Annual report of the Madras Medical College
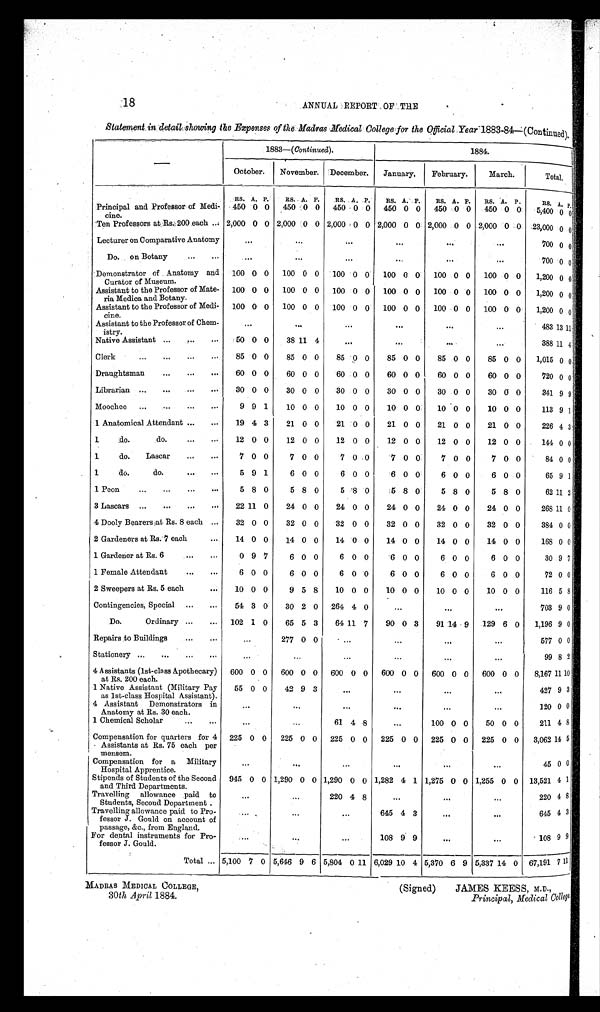
MADRAS MEDICAL COLLEGE,
(Signed)
JAMES KEESS, M.D.,
30 th April 1884.
Principal, Medical College.
18
ANNUAL REPORT OF THE
Statement in detail showing the Expenses of the Madras Medical College for the Official Year 1883–84—(Continued).
—
1883—( Continued).
1884.
October.
November. December.
January.
F e b r u a r y .
March.
Total.
RS. A. P.
RS. A. P.
RS. A. P.
RS. A. P.
RS. A. P. RS. A.
P .
R S .
A. P.
Principal and Professor of Medi-
c i n e .
450 0 0
450 0 0
450 0 0 450 0 0
450 0 0 450 0 0
5,400 0 0
Ten Professors at Rs. 200 each ... 2,000 0 0 2,000 0 0 2,000 0 0 2,000 0 0 2,000 0 0 2,000 0 0
2 3 , 0 0 0 0 0
Lecturer on Comparative Anatomy
. . .
. . .
. . .
...
. . .
. . .
7 0 0 0 0
Do. on Botany
...
...
. . .
. . .
. . .
. . .
...
...
700 0 0
Demonstrator of Anatomy and
Curator of Museum.
100 0 0
100 0 0
100 0 0
100 0 0
100 0 0
100 0 0
1,200 0 0
Assistant to the Professor of Mate-
ria Medica and Botany.
100 0 0
100 0 0
100 0 0
100 0 0
100 0 0
100 0 0
1,200 0 0
Assistant to the Professor of Media-
c h i n e .
100 0 0
100 0 0
100 0 0
100 0 0
100 0 0
100 0 0
1,200 0 0
Assistant to the Professor of Chem-
istry.
...
. . .
...
...
. . .
...
483 13 11
Native Assistant ...
...
...
50 0 0
38 11 4
...
. . .
. . .
. . .
388 11 4
Clerk
. . . . . . . ...
. . . 85 0 0
85 0 0
85 0 0
85 0 0
85 0 0
85 0 0
1,015 0 0
Draughtsman
...
...
...
60 0 0
60 0 0
60 0 0
60 0 0
60 0 0
60 0 0
720 0 0
Librarian ...
...
...
...
30 0 0
30 0 0
30 0 0
30 0 0
30 0 0
30 0 0
341 9 9
Moochee
. . .
. . . ...
...
9 9 1
10 0 0
10 0 0
10 0 0
10 0 0
10 0 0
113 9 1
1 Anatomical Attendant ...
...
19 4 3
21 0 0
21 0 0
21 0 0
21 0 0
21 0 0
226 4 3
1
do.
do.
...
...
12 0 0
12 0 0
12 0 0
12 0 0
12 0 0
12 0 0
144 0 0
1
do.
Lascar
...
...
7 0 0
7 0 0
7 0 0
7 0 0
7 0 0
7 0 0
8 4 0 0
1
do.
do.
...
...
5 9 1
6 0 0
6 0 0
6 0 0
6 0 0
6 0 0
65 9 1
1 Peon.
...
...
...
. . .
5 8 0
5 8 0
5 8 0
5 8 0
5 8 0
5 8 0
62 11 2
3 Lascars ...
...
...
...
22 11 0
24 0 0
24 0 0
24 0 0
24 0 0
24 0 0
268 11 0
4 Dooly Bearers at Rs. 8 each ...
32 0 0
32 0 0
32 0 0
32 0 0
32 0 0
32 0 0
384 0 0
2 Gardeners at Rs. 7 each
...
14 0 0
14 0 0
14 0 0
14 0 0
14 0 0
14 0 0
168 0 0
1 Gardener at Rs. 6
...
...
0 9 7
6 0 0
6 0 0
6 0 0
6 0 0
6 0 0
30 9 7
1 Female Attendant
...
...
6 0 0
6 0 0
6 0 0
6 0 0
6 0 0
6 0 0
72 0 0
2 Sweepers at Rs. 5 each
...
10 0 0
9 5 8
10 0 0
10 0 0
10 0 0
10 0 0
116 5 8
Contingencies, Special ...
...
54 3 0
30 2 0
264 4 0
...
...
...
703 9 0
Do.
Ordinary ...
...
102 1 0
65 5 3
64 11 7
90 0 3
91 14 9
129 6 0
1,196 9 0
Repairs to Buildings
...
...
...
277 0 0
...
...
. . .
...
577 0 0
Stationery ...
. . .
...
...
...
...
...
...
...
...
99 8 2
4 Assistants (1st-class Apothecary)
at Rs. 200 each.
600 0 0
600 0 0 600 0 0
600 0 0
600 0 0
600 0 0
8,167 11 10
1 Native Assistant (Military Pay
as 1st-class Hospital Assistant).
55 0 0
42 9 3
...
...
...
...
427 9 3
4 Assistant Demonstrators in
Anatomy at Rs. 30 each.
...
...
...
...
...
...
120 0 0
1 Chemical Scholar
...
...
...
...
61 4 8
...
100 0 0
50 0 0
211 4 8
Compensation for quarters for 4
Assistants at Rs. 75 each per
mensem.
225 0 0
225 0 0
225 0 0
225 0 0 225 0 0
225 0 0
3,062 14 5
Compensation for a Military
Hospital Apprentice.
...
. . .
...
...
...
. . .
45 0 0
Stipends of Students of the Second
and Third Departments.
945 0 0 1,290 0 0 1,290 0 0 1,282 4 1 1,275 0 0 1,255 0 0 13,521 4 1
Travelling allowance paid to
Students, Second Department.
...
...
220 4 8
...
...
...
220 4 8
Travelling allowance paid to Pro-
fessor J. Gould on account of
passae, &c., from England.
. . .
...
...
645 4 3
...
...
645 4 3
For dental instruments for Pro-
fessor J. Gould.
...
...
...
108 9 9
. . .
...
108 9
9
Total ... 5,100 7 0 5,646 9 6 5,804
0 11 6,029 10 4 5,370 6 9 5,337 14 0 67,191 7 11